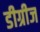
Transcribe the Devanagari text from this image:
डीग्रीज